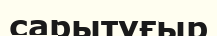
сарытұғыр